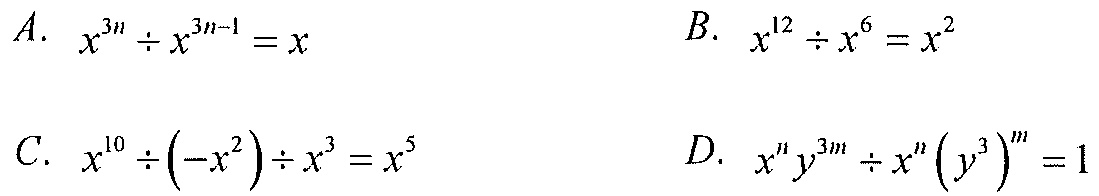
A. \(x^{3n}\div x^{3n - 1}=x\)
B. \(x^{12}\div x^{6}=x^{2}\)
C. \(x^{10}\div(-x^{2})\div x^{3}=x^{5}\)
D. \(x^{n}y^{3m}\div x^{n}(y^{3})^{m}=1\)